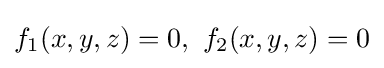
f_{1}(x,y,z)=0,\ f_{2}(x,y,z)=0